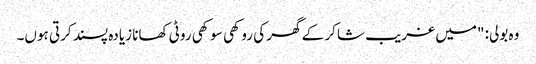
وہ بولی: "میں غریب شاکر کے گھر کی روکھی سوکھی روٹی کھانا زیادہ پسند کرتی ہوں۔